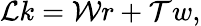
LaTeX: \mathcal{L}k=\mathcal{W}r+\mathcal{T}w,